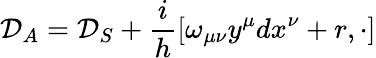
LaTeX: {\cal{D}}_{A}={\cal{D}}_{S}+\frac{i}{h}[\omega_{\mu\nu}y^{\mu}dx^{\nu}+r,\cdot]